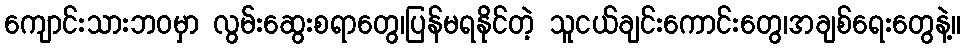
ကျောင်းသားဘဝမှာ လွမ်းဆွေးစရာတွေ၊ပြန်မရနိုင်တဲ့ သူငယ်ချင်းကောင်းတွေ၊အချစ်ရေးတွေနဲ့။